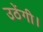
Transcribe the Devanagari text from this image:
उठेंगी।